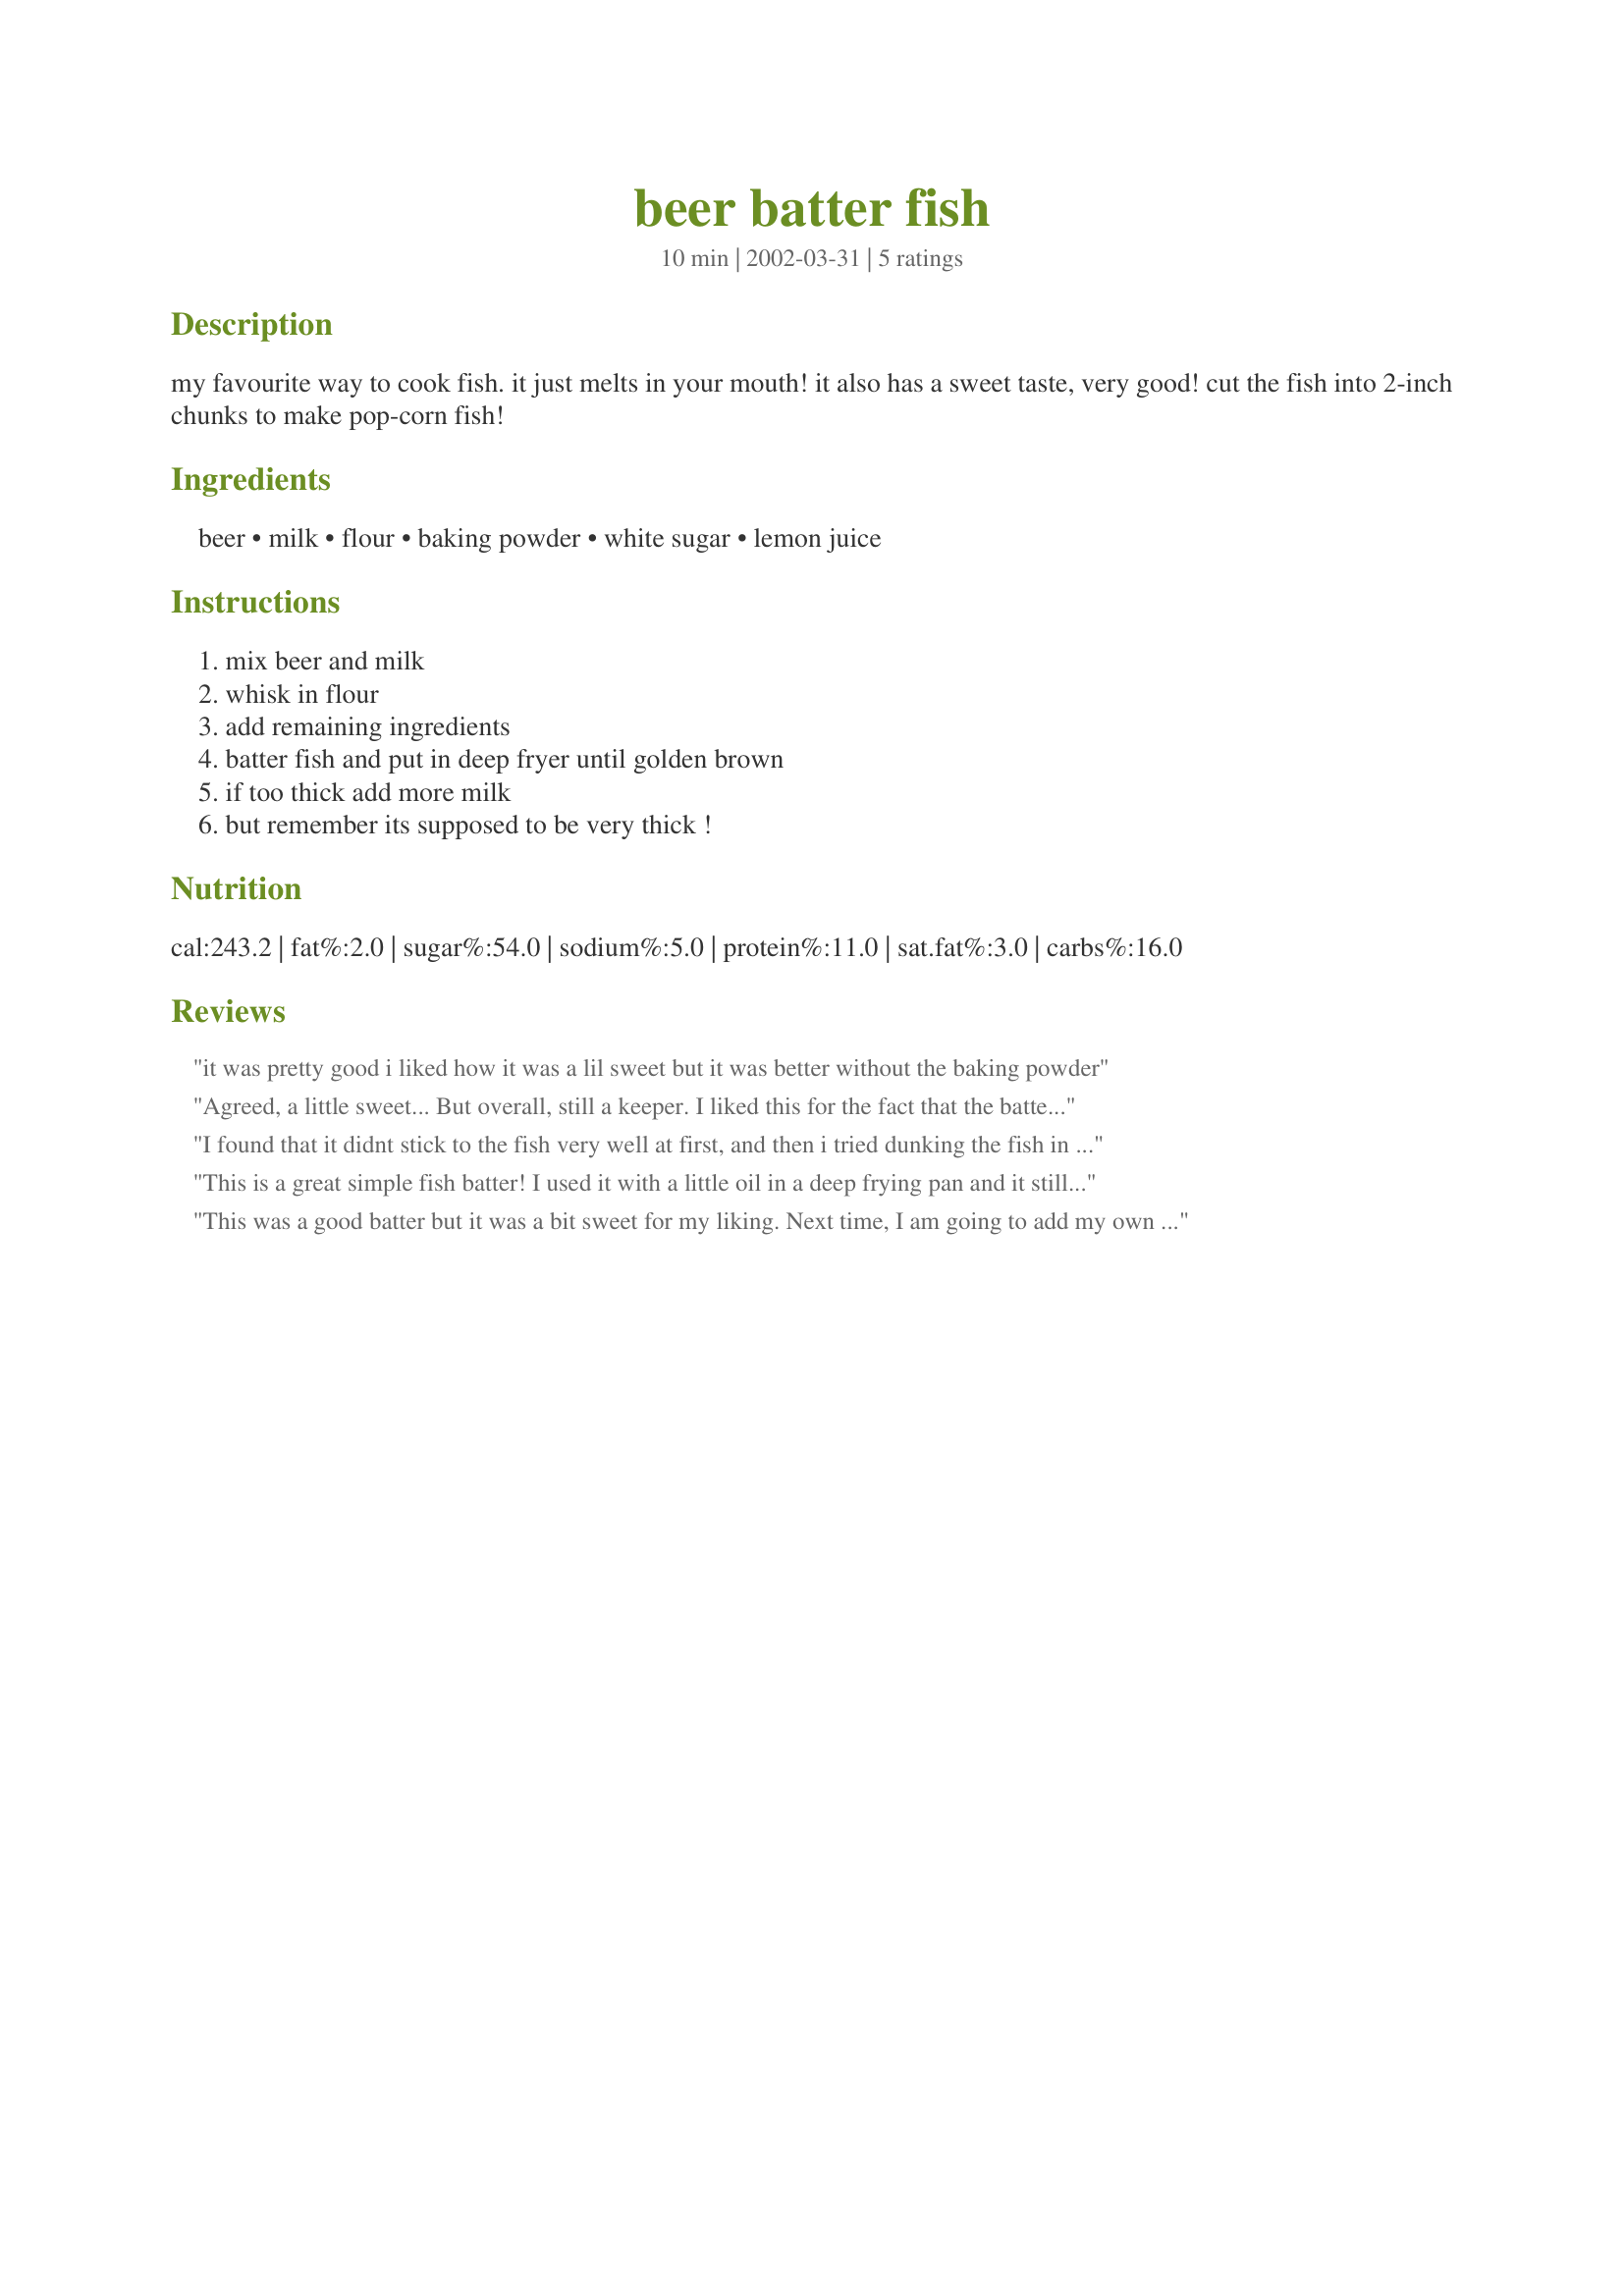
beer batter fish
Preparation time: 10 minutes

my favourite way to cook fish. it just melts in your mouth! it also has a sweet taste, very good! cut the fish into 2-inch chunks to make pop-corn fish!

Ingredients:
beer, milk, flour, baking powder, white sugar, lemon juice

Steps:
mix beer and milk, whisk in flour, add remaining ingredients, batter fish and put in deep fryer until golden brown, if too thick add more milk, but remember its supposed to be very thick !

Reviews:
it was pretty good i liked how it was a lil sweet but it was better without the baking powder
Agreed, a little sweet... But overall, still a keeper. I liked this for the fact that the batter didn't have to "rest" and others had to sit for an hour or more.
I found that it didnt stick to the fish very well at first, and then i tried dunking the fish in pure flour first and then dunking them in the batter. MUCH easier! These were great! :)
This is a great simple fish batter! I used it with a little oil in a deep frying pan and it still came out great. Crispy, golden brown and a little sweet & succulent. Really great. I made some changes though: I added a little more beer (instead of adding a little more milk) when the batter was a bit too thick, I used HALF the sugar and it still had that great sweet finish but wasn't sugary sweet and I substituted lemon juice for vinegar (just because I was out!) and it worked great. I love that this batter doesn't need time to 'rest' before using. YUM! :)
This was a good batter but it was a bit sweet for my liking. Next time, I am going to add my own spices. The batter stayed together well in the oil.
